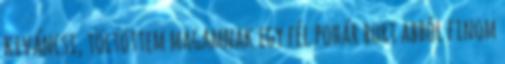
kiváncsi, töltöttem magamnak egy fél pohár bort abból finom